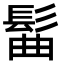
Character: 髷